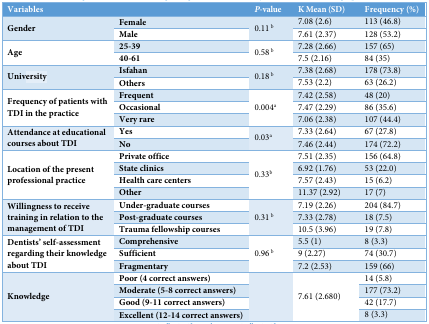
| <COLSPAN=2> Variables | P-value | K Mean (SD) | Frequency (%) |
 | --- | --- | --- | --- | --- |
 | <ROWSPAN=2> Gender | Female | <ROWSPAN=2> 0.11 b | 7.08 (2.6) | 113 (46.8) |
 | Male | 7.61 (2.37) | 128 (53.2) |
 | <ROWSPAN=2> Age | 25-39 | <ROWSPAN=2> 0.58 b | 7.28 (2.66) | 157 (65) |
 | 40-61 | 7.5 (2.16) | 84 (35) |
 | <ROWSPAN=2> University | Isfahan | <ROWSPAN=2> 0.18 b | 7.38 (2.68) | 178 (73.8) |
 | Others | 7.53 (2.2) | 63 (26.2) |
 | <ROWSPAN=3> Frequency of patients with TDI in the practice | Frequent | <ROWSPAN=3> 0.004a | 7.42 (2.58) | 48 (20) |
 | Occasional | 7.47 (2.29) | 86 (35.6) |
 | Very rare | 7.06 (2.38) | 107 (44.4) |
 | <ROWSPAN=2> Attendance at educational courses about TDI | Yes | <ROWSPAN=2> 0.03a | 7.33 (2.64) | 67 (27.8) |
 | No | 7.46 (2.44) | 174 (72.2) |
 | <ROWSPAN=4> Location of the present professional practice | Private office | <ROWSPAN=4> 0.33b | 7.51 (2.35) | 156 (64.8) |
 | State clinics | 6.92 (1.76) | 53 (22.0) |
 | Health care centers | 7.57 (2.43) | 15 (6.2) |
 | Other | 11.37 (2.92) | 17 (7) |
 | <ROWSPAN=3> Willingness to receive training in relation to the management of TDI | Under-graduate courses | <ROWSPAN=3> 0.31 b | 7.19 (2.26) | 204 (84.7) |
 | Post-graduate courses | 7.33 (2.78) | 18 (7.5) |
 | Trauma fellowship courses | 10.5 (3.96) | 19 (7.8) |
 | <ROWSPAN=3> Dentists’ self-assessment regarding their knowledge about TDI | Comprehensive | <ROWSPAN=3> 0.96 b | 5.5 (1) | 8 (3.3) |
 | Sufficient | 9 (2.27) | 74 (30.7) |
 | Fragmentary | 7.2 (2.53) | 159 (66) |
 | <ROWSPAN=4> Knowledge | Poor (4 correct answers) | <ROWSPAN=4>  | <ROWSPAN=4> 7.61 (2.680) | 14 (5.8) |
 | Moderate (5-8 correct answers) | 177 (73.2) |
 | Good (9-11 correct answers) | 42 (17.7) |
 | Excellent (12-14 correct answers) | 8 (3.3) |